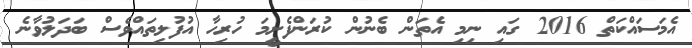
އެމަސައްކަތް 2016 ގައި ނިމި އެތަން ބެނުން ކުރަންފެށީމަ ހުރިހާ އުފުލިތައްވެސް ބަދަލުވާނެ